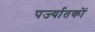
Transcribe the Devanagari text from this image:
पर्ज्यातकों